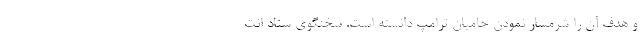
و هدف آن را شرمسار نمودن حامیان ترامپ دانسته است. سخنگوی ستاد انت